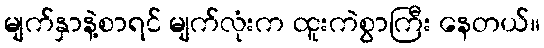
မျက်နှာနဲ့စာရင် မျက်လုံးက ထူးကဲစွာကြီး နေတယ်။